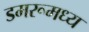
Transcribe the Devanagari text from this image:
डमरूमध्य